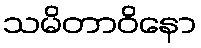
သမိတာဝိနော